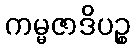
ကမ္မဇာဒိပဉ္စ